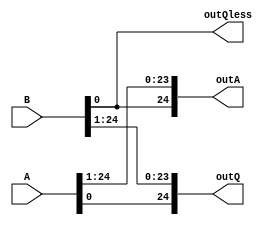
module shift (A,B, outA,outQ, outQless);
	input [24:0] A;
	input [24:0] B;
	output [24:0] outA, outQ;
	output outQless;
	wire [49:0]AB , shf;
	wire less ;
	assign AB = {A,B};
	assign less=AB[0];
	assign shf = AB>>1;
	assign outA={less,shf[48:25]};
	assign outQ=shf[24:0];
	assign outQless=less;
endmodule